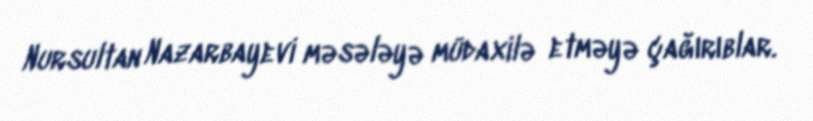
Nursultan Nazarbayevi məsələyə müdaxilə etməyə çağırıblar.